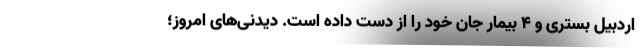
اردبیل بستری و 4 بیمار جان خود را از دست داده است. دیدنی‌های امروز؛